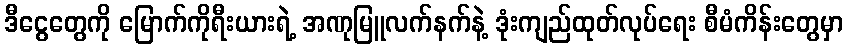
ဒီငွေတွေကို မြောက်ကိုရီးယားရဲ့ အဏုမြူလက်နက်နဲ့ ဒုံးကျည်ထုတ်လုပ်ရေး စီမံကိန်းတွေမှာ